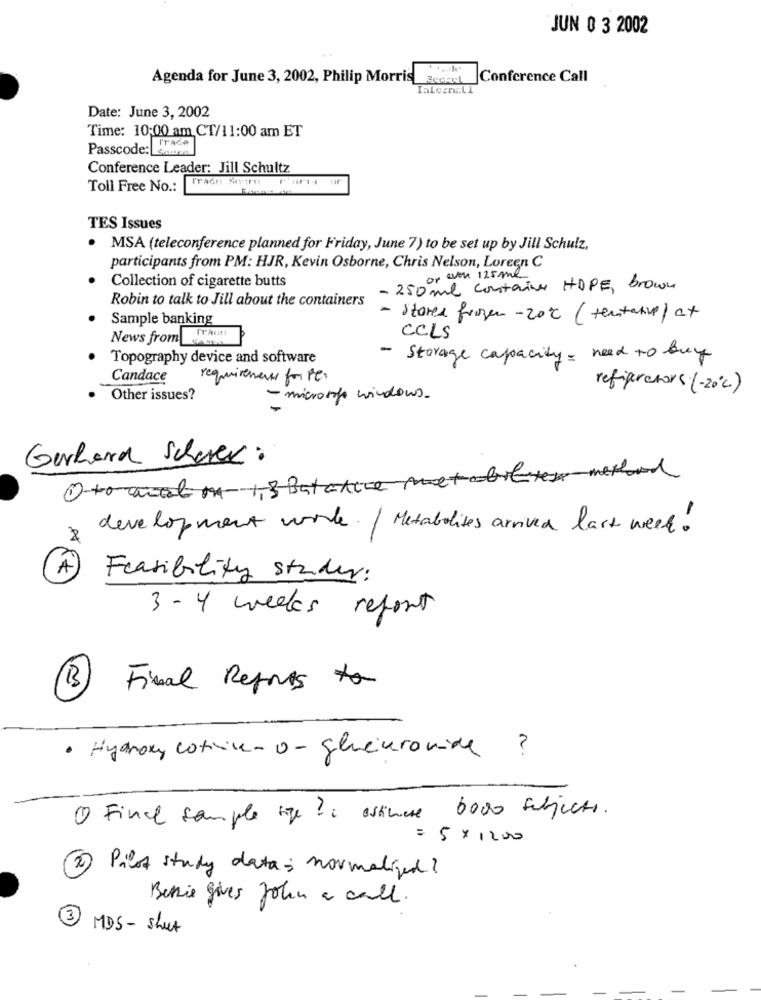
JUN 0 3 2002
Agenda for June 3, 2002, Philip Morris
Conference Call
Date: June 3, 2002
Time: 10:00 am CT/11:00 am ET
Passcode: enwas
Conference Leader: Jill Schultz
Fraon Sera
Toll Free No .:
TES Issues
· MSA (teleconference planned for Friday, June 7) to be set up by Jill Schulz,
participants from PM: HJR, Kevin Osborne, Chris Nelson, Loreen C
Collection of cigarette butts
. won 125ml
- 250ml contains HOPE, brown
Robin to talk to Jill about the containers
Sample banking
- stores froger- 20℃ ( tentative) at
News from _ohen
TraGel
CCLS
Topography device and software
- Storage capacity - need to buy
Candace
requirements for PC.
refrigerators (-20℃)
Other issues?
- microrope windows.
Gerhard Scherer:
Oto colon- 13 Bastante metabolmerland
development word. / Metabolites arrived last week !
A)
Feasibility studer:
3- 4 weeks report
B Final Refres to
· Hydroxy cotice - o - glucuronide ?
O Final sample size ? estimate bodo subjects.
= 5 × 1200
2 Pilot study datas normalized ?
Bessie gives John a call.
3
MDS - shut